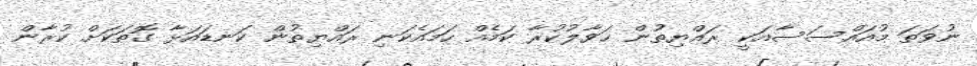
ނުވަތަ މުއައްސަސާއަކީ ރައްޔިތުން ޙަވާލުކުރާ ކަމެއް ހަމައެކަނި ރައްޔިތުން ކަނޑައަޅާ ގޮތަކަށް ކުރާން